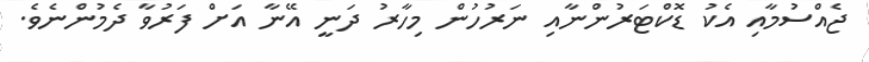
ޖެއްސުމާއި އެކު ޑޮކްޓަރުންނާއި ނަރުހުން މިހާރު ދަނީ އޭނާ އަށް ފަރުވާ ދެމުންނެވެ.